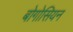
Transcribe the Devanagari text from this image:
बोगोसियन